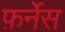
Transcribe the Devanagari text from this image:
फ़र्नेस